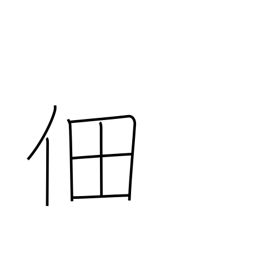
Meaning: cultivated rice field